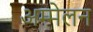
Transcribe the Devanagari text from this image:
अम्मेलन